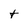
Character: t